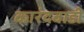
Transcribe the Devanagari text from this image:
कारंदवाडी